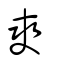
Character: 爽